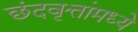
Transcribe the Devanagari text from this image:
छंदवृत्तांमध्ये